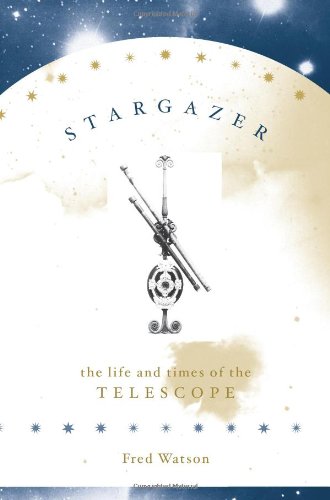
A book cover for Stargazer: The Life and Times of the Telescope; Fred Watson; Science & Math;